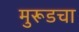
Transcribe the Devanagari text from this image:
मुरूडचा